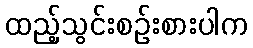
ထည့်သွင်းစဉ်းစားပါက